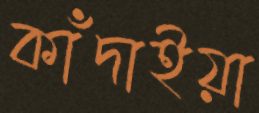
কাঁদাইয়া